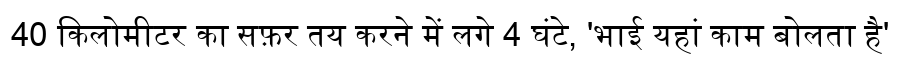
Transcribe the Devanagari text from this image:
40 किलोमीटर का सफ़र तय करने में लगे 4 घंटे, 'भाई यहां काम बोलता है'